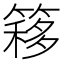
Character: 簃